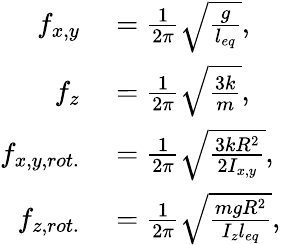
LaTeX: \begin{array}{rl}{f_{x,y}}&{{}=\frac{1}{2\pi}\sqrt{\frac{g}{l_{eq}}},}\\ {f_{z}}&{{}=\frac{1}{2\pi}\sqrt{\frac{3k}{m}},}\\ {f_{x,y,rot.}}&{{}=\frac{1}{2\pi}\sqrt{\frac{3kR^{2}}{2I_{x,y}}},}\\ {f_{z,rot.}}&{{}=\frac{1}{2\pi}\sqrt{\frac{mgR^{2}}{I_{z}l_{eq}}},}\end{array}